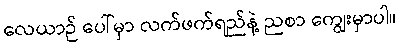
လေယာဉ် ပေါ်မှာ လက်ဖက်ရည်နဲ့ ညစာ ကျွေးမှာပါ။